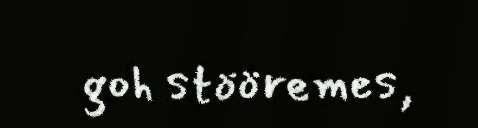
goh stööremes,